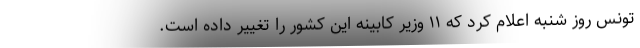
تونس روز شنبه اعلام کرد که ۱۱ وزیر کابینه این کشور را تغییر داده است.